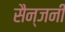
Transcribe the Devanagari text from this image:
सैन्जनी